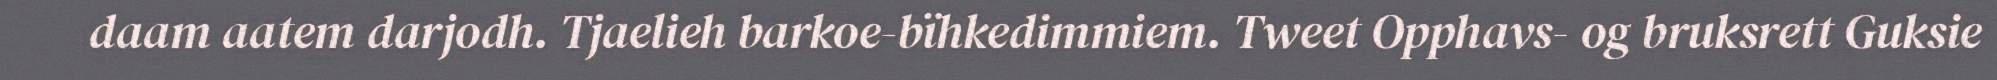
daam aatem darjodh. Tjaelieh barkoe-bïhkedimmiem. Tweet Opphavs- og bruksrett Guksie